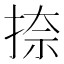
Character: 捺